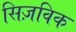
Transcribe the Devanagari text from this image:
सिज़विक